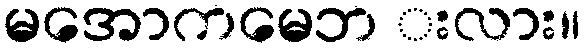
မအောကမေဘ းလား။